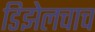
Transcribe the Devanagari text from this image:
डिझेलचाच